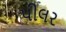
પીલર